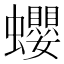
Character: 蠳